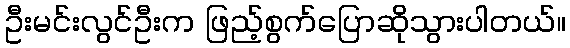
ဦးမင်းလွင်ဦးက ဖြည့်စွက်ပြောဆိုသွားပါတယ်။